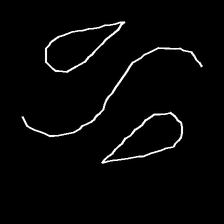
Glyph: water